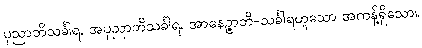
ပုညာဘိသင်္ခါရ, အပုညာဘိသင်္ခါရ, အာနေဉ္ဇာဘိ-သင်္ခါရဟူသော အကန့်ရှိသော။